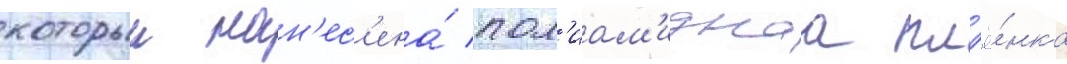
которыи нан'ес'ена́ пол'иам'иднаа пл'ё́нка